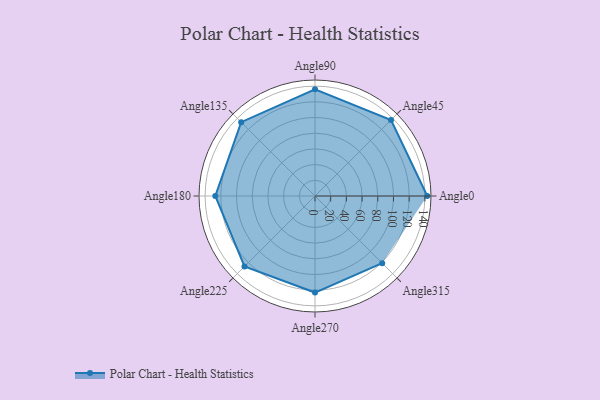
{"axis": {"x": "Angle", "y": "Radius"}, "legend": [""], "data": [{"x": "Angle0", "y": 143.0, "type": ""}, {"x": "Angle45", "y": 137.0, "type": ""}, {"x": "Angle90", "y": 136.0, "type": ""}, {"x": "Angle135", "y": 133.0, "type": ""}, {"x": "Angle180", "y": 127.0, "type": ""}, {"x": "Angle225", "y": 127.0, "type": ""}, {"x": "Angle270", "y": 123.0, "type": ""}, {"x": "Angle315", "y": 121.0, "type": ""}]}